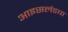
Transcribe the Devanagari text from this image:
आइसलंडचा